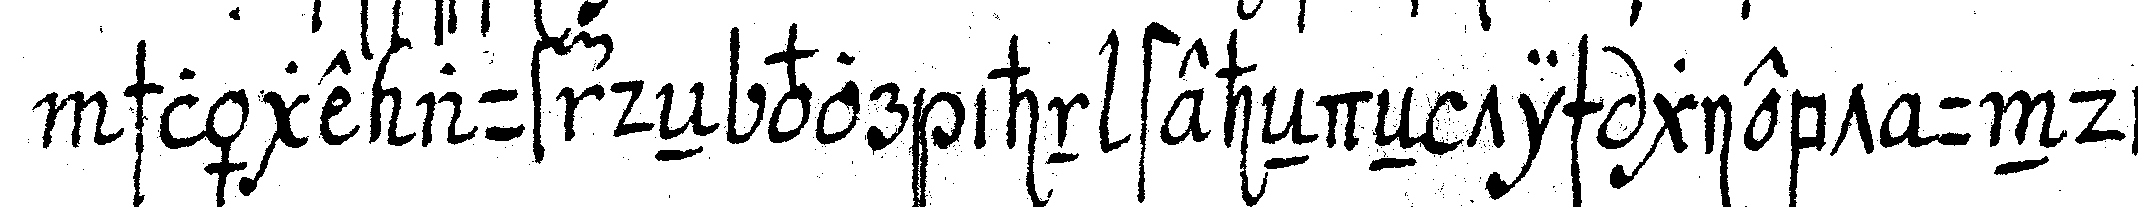
schläge auf deN vor ihn steheNdeN tisch giebt und